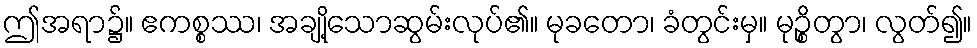
ဤအရာ၌။ ဧကစ္စဿ၊ အချို့သောဆွမ်းလုပ်၏။ မုခတော၊ ခံတွင်းမှ။ မုဉ္စိတွာ၊ လွတ်၍။